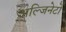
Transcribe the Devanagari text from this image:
अल्जिनेटों